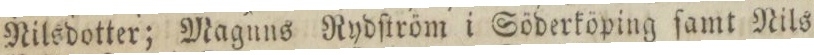
Nilsdotter; Maguns Rydſtröm i Söderköping ſamt Nils